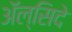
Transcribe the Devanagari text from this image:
अॅल्सिदे